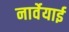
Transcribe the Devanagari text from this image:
नार्वेयाई